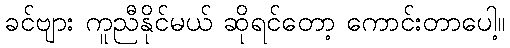
ခင်ဗျား ကူညီနိုင်မယ် ဆိုရင်တော့ ကောင်းတာပေါ့။